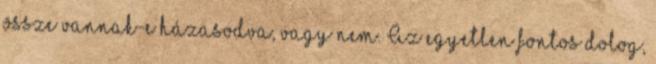
össze vannak-e házasodva, vagy nem. Az egyetlen fontos dolog,